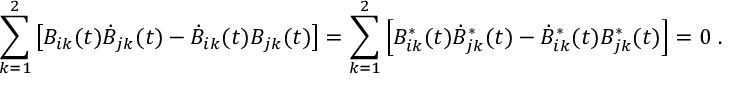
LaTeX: \sum _ { k = 1 } ^ { 2 } \left[ B _ { i k } ( t ) \dot { B } _ { j k } ( t ) - \dot { B } _ { i k } ( t ) B _ { j k } ( t ) \right] = \sum _ { k = 1 } ^ { 2 } \left[ B _ { i k } ^ { \ast } ( t ) \dot { B } _ { j k } ^ { \ast } ( t ) - \dot { B } _ { i k } ^ { \ast } ( t ) B _ { j k } ^ { \ast } ( t ) \right] = 0 \; .